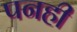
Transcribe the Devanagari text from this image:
पनही